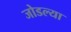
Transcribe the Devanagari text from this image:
जोडल्‍या